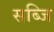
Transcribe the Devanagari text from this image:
सब्जि